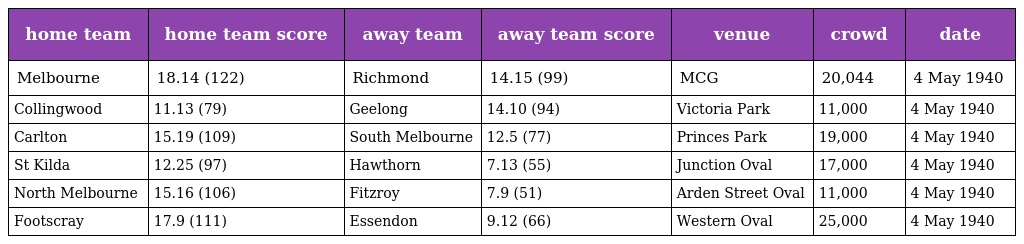
| home team | home team score | away team | away team score | venue | crowd | date |
 | --- | --- | --- | --- | --- | --- | --- |
 | Melbourne | 18.14 (122) | Richmond | 14.15 (99) | MCG | 20,044 | 4 May 1940 |
 | Collingwood | 11.13 (79) | Geelong | 14.10 (94) | Victoria Park | 11,000 | 4 May 1940 |
 | Carlton | 15.19 (109) | South Melbourne | 12.5 (77) | Princes Park | 19,000 | 4 May 1940 |
 | St Kilda | 12.25 (97) | Hawthorn | 7.13 (55) | Junction Oval | 17,000 | 4 May 1940 |
 | North Melbourne | 15.16 (106) | Fitzroy | 7.9 (51) | Arden Street Oval | 11,000 | 4 May 1940 |
 | Footscray | 17.9 (111) | Essendon | 9.12 (66) | Western Oval | 25,000 | 4 May 1940 |